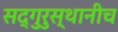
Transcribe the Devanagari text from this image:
सद्‌गुरुस्थानीच